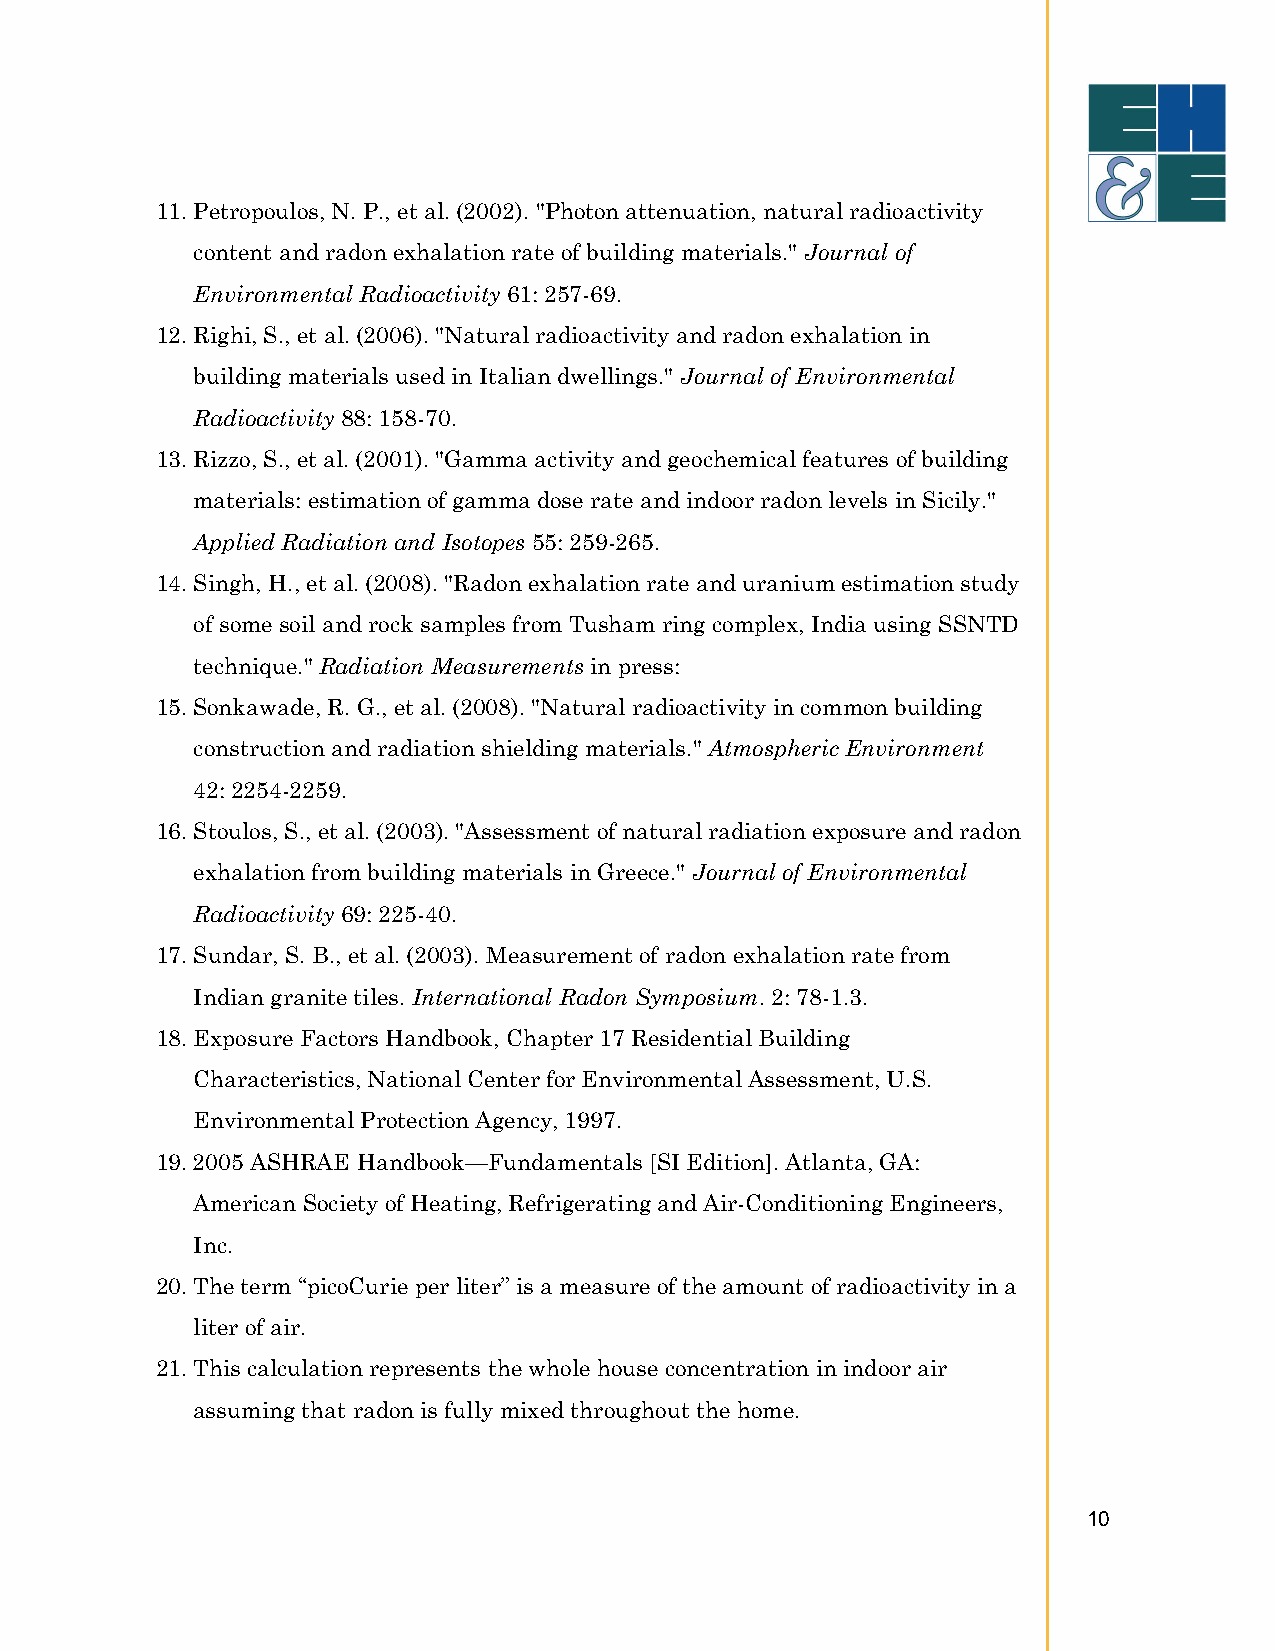
11. Petropoulos, N. P., et al. (2002). "Photon attenuation, natural radioactivity
 content and radon exhalation rate of building materials." Journal of
 Environmental Radioactivity 61: 257-69.
 12. Righi, S., et al. (2006). "Natural radioactivity and radon exhalation in
 building materials used in Italian dwellings." Journal of Environmental
 Radioactivity 88: 158-70.
 13. Rizzo, S., et al. (2001). "Gamma activity and geochemical features of building
 materials: estimation of gamma dose rate and indoor radon levels in Sicily."
 Applied Radiation and Isotopes 55: 259-265.
 14. Singh, H., et al. (2008). "Radon exhalation rate and uranium estimation study
 of some soil and rock samples from Tusham ring complex, India using SSNTD
 technique." Radiation Measurements in press:
 15. Sonkawade, R. G., et al. (2008). "Natural radioactivity in common building
 construction and radiation shielding materials." Atmospheric Environment
 42: 2254-2259.
 16. Stoulos, S., et al. (2003). "Assessment of natural radiation exposure and radon
 exhalation from building materials in Greece." Journal of Environmental
 Radioactivity 69: 225-40.
 17. Sundar, S. B., et al. (2003). Measurement of radon exhalation rate from
 Indian granite tiles. International Radon Symposium. 2: 78-1.3.
 18. Exposure Factors Handbook, Chapter 17 Residential Building
 Characteristics, National Center for Environmental Assessment, U.S.
 Environmental Protection Agency, 1997.
 19. 2005 ASHRAE Handbook—Fundamentals [SI Edition]. Atlanta, GA:
 American Society of Heating, Refrigerating and Air-Conditioning Engineers,
 Inc.
 20. The term “picoCurie per liter” is a measure of the amount of radioactivity in a
 liter of air.
 21. This calculation represents the whole house concentration in indoor air
 assuming that radon is fully mixed throughout the home.
 10